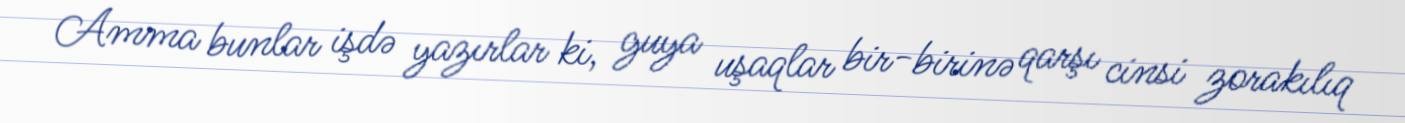
Amma bunlar işdə yazırlar ki, guya uşaqlar bir-birinə qarşı cinsi zorakılıq